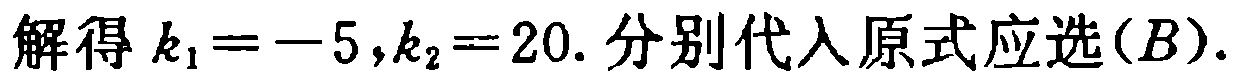
解得 \(k_1 = -5,k_2 = 20.\) 分别代入原式应选\((B).\)